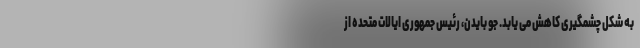
به شکل چشمگیری کاهش می یابد. جو بایدن، رئیس جمهوری ایالات متحده از